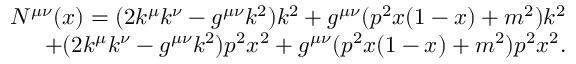
\begin{array} { r l r } & { } & { N ^ { \mu \nu } ( x ) = ( 2 k ^ { \mu } k ^ { \nu } - g ^ { \mu \nu } k ^ { 2 } ) k ^ { 2 } + g ^ { \mu \nu } ( p ^ { 2 } x ( 1 - x ) + m ^ { 2 } ) k ^ { 2 } } \\ & { } & { + ( 2 k ^ { \mu } k ^ { \nu } - g ^ { \mu \nu } k ^ { 2 } ) p ^ { 2 } x ^ { 2 } + g ^ { \mu \nu } ( p ^ { 2 } x ( 1 - x ) + m ^ { 2 } ) p ^ { 2 } x ^ { 2 } . } \end{array}